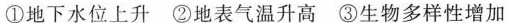
①地下水位上升②地表气温升高③生物多样性增加